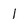
Character: l